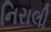
નિરાલી